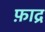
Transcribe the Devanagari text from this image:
फ़ाद्र